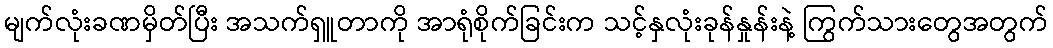
မျက်လုံးခဏမှိတ်ပြီး အသက်ရှူတာကို အာရုံစိုက်ခြင်းက သင့်နှလုံးခုန်နှုန်းနဲ့ ကြွက်သားတွေအတွက်